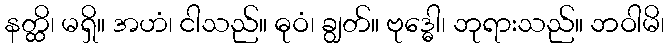
နတ္ထိ၊ မရှိ။ အဟံ၊ ငါသည်။ ဓုဝံ၊ ချွတ်။ ဗုဒ္ဓေါ၊ ဘုရားသည်။ ဘဝါမိ၊